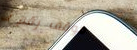
موقف رقم ١